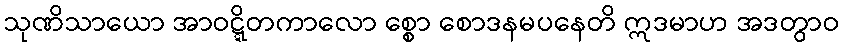
သုဏိသာယော အာဝဋ္ဋိတကာလော စ္စော စောဒနမပနေတိ ဣဒမာဟ အဒတွာဝ